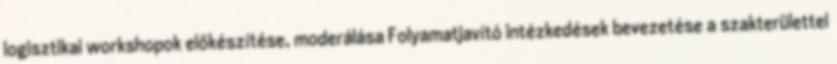
logisztikai workshopok előkészítése, moderálása Folyamatjavító intézkedések bevezetése a szakterülettel